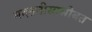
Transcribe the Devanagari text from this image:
मदतनीसासोबत